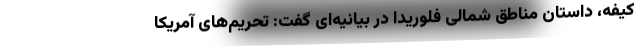
کیفه، داستان مناطق شمالی فلوریدا در بیانیه‌ای گفت: تحریم‌های آمریکا